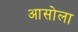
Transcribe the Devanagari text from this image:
आसोला